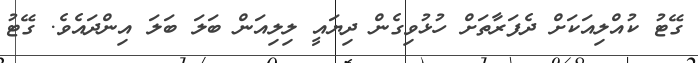
ގޭޓު ކުއްލިއަކަށް ދެފަރާތަށް ހުޅުވިގެން ދިޔައީ ލިލިއަން ބަލަ ބަލަ އިންދައެެވެ. ގޭޓު